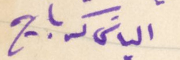
الياسَ كرباج